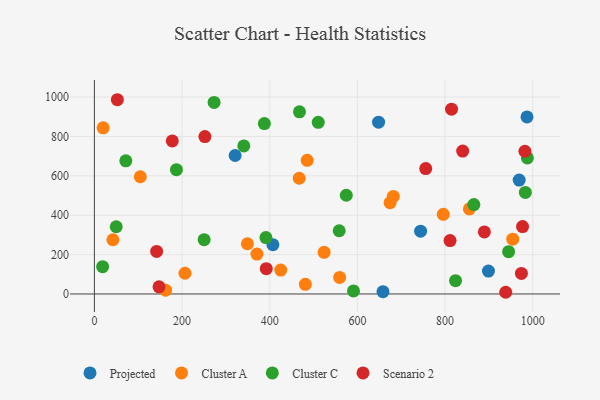
{"axis": {"x": "Speed", "y": "Sales"}, "legend": ["Cluster A", "Cluster C", "Projected", "Scenario 2"], "data": [{"x": "899.0", "y": 116.2, "type": "Projected"}, {"x": "969.1", "y": 578.4, "type": "Projected"}, {"x": "648.3", "y": 872.6, "type": "Projected"}, {"x": "987.0", "y": 899.3, "type": "Projected"}, {"x": "744.2", "y": 318.7, "type": "Projected"}, {"x": "658.4", "y": 11.5, "type": "Projected"}, {"x": "407.2", "y": 250.2, "type": "Projected"}, {"x": "321.1", "y": 703.3, "type": "Projected"}, {"x": "20.0", "y": 844.1, "type": "Cluster A"}, {"x": "485.5", "y": 678.7, "type": "Cluster A"}, {"x": "349.1", "y": 255.1, "type": "Cluster A"}, {"x": "425.1", "y": 121.3, "type": "Cluster A"}, {"x": "206.7", "y": 105.3, "type": "Cluster A"}, {"x": "370.8", "y": 202.6, "type": "Cluster A"}, {"x": "674.6", "y": 463.5, "type": "Cluster A"}, {"x": "954.5", "y": 278.4, "type": "Cluster A"}, {"x": "795.9", "y": 404.3, "type": "Cluster A"}, {"x": "855.5", "y": 432.0, "type": "Cluster A"}, {"x": "559.5", "y": 84.0, "type": "Cluster A"}, {"x": "162.5", "y": 19.3, "type": "Cluster A"}, {"x": "42.2", "y": 275.5, "type": "Cluster A"}, {"x": "524.1", "y": 211.7, "type": "Cluster A"}, {"x": "104.8", "y": 595.3, "type": "Cluster A"}, {"x": "682.0", "y": 495.5, "type": "Cluster A"}, {"x": "467.3", "y": 587.7, "type": "Cluster A"}, {"x": "481.3", "y": 48.8, "type": "Cluster A"}, {"x": "591.1", "y": 15.7, "type": "Cluster C"}, {"x": "340.9", "y": 751.9, "type": "Cluster C"}, {"x": "823.9", "y": 67.4, "type": "Cluster C"}, {"x": "558.5", "y": 321.0, "type": "Cluster C"}, {"x": "71.7", "y": 676.2, "type": "Cluster C"}, {"x": "987.8", "y": 690.9, "type": "Cluster C"}, {"x": "187.2", "y": 631.3, "type": "Cluster C"}, {"x": "273.1", "y": 972.7, "type": "Cluster C"}, {"x": "574.7", "y": 501.5, "type": "Cluster C"}, {"x": "49.8", "y": 341.5, "type": "Cluster C"}, {"x": "467.9", "y": 925.1, "type": "Cluster C"}, {"x": "983.2", "y": 515.7, "type": "Cluster C"}, {"x": "865.7", "y": 453.9, "type": "Cluster C"}, {"x": "250.4", "y": 275.7, "type": "Cluster C"}, {"x": "18.8", "y": 138.4, "type": "Cluster C"}, {"x": "391.4", "y": 286.4, "type": "Cluster C"}, {"x": "510.7", "y": 871.9, "type": "Cluster C"}, {"x": "387.8", "y": 865.4, "type": "Cluster C"}, {"x": "945.0", "y": 215.0, "type": "Cluster C"}, {"x": "976.8", "y": 342.1, "type": "Scenario 2"}, {"x": "142.0", "y": 216.2, "type": "Scenario 2"}, {"x": "814.8", "y": 938.7, "type": "Scenario 2"}, {"x": "755.9", "y": 636.8, "type": "Scenario 2"}, {"x": "811.4", "y": 271.0, "type": "Scenario 2"}, {"x": "840.2", "y": 725.9, "type": "Scenario 2"}, {"x": "392.1", "y": 128.5, "type": "Scenario 2"}, {"x": "889.7", "y": 314.9, "type": "Scenario 2"}, {"x": "52.4", "y": 986.6, "type": "Scenario 2"}, {"x": "974.2", "y": 104.1, "type": "Scenario 2"}, {"x": "177.7", "y": 777.3, "type": "Scenario 2"}, {"x": "147.5", "y": 36.3, "type": "Scenario 2"}, {"x": "252.1", "y": 799.4, "type": "Scenario 2"}, {"x": "982.2", "y": 725.0, "type": "Scenario 2"}, {"x": "938.4", "y": 8.6, "type": "Scenario 2"}]}